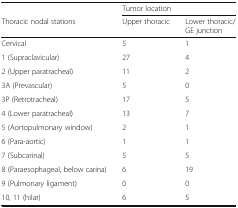
<table><thead><tr><td></td><td colspan="2"><b>Tumor location</b></td></tr><tr><td><b>Thoracic nodal stations</b></td><td><b>Upper thoracic</b></td><td><b>Lower thoracic/GE junction</b></td></tr></thead><tbody><tr><td>Cervical</td><td>5</td><td>1</td></tr><tr><td>1 (Supraclavicular)</td><td>27</td><td>4</td></tr><tr><td>2 (Upper paratracheal)</td><td>11</td><td>2</td></tr><tr><td>3A (Prevascular)</td><td>5</td><td>0</td></tr><tr><td>3P (Retrotracheal)</td><td>17</td><td>5</td></tr><tr><td>4 (Lower paratracheal)</td><td>13</td><td>7</td></tr><tr><td>5 (Aortopulmonary window)</td><td>2</td><td>1</td></tr><tr><td>6 (Para-aortic)</td><td>1</td><td>1</td></tr><tr><td>7 (Subcarinal)</td><td>5</td><td>5</td></tr><tr><td>8 (Paraesophageal, below carina)</td><td>6</td><td>19</td></tr><tr><td>9 (Pulmonary ligament)</td><td>0</td><td>0</td></tr><tr><td>10, 11 (hilar)</td><td>6</td><td>5</td></tr></tbody></table>